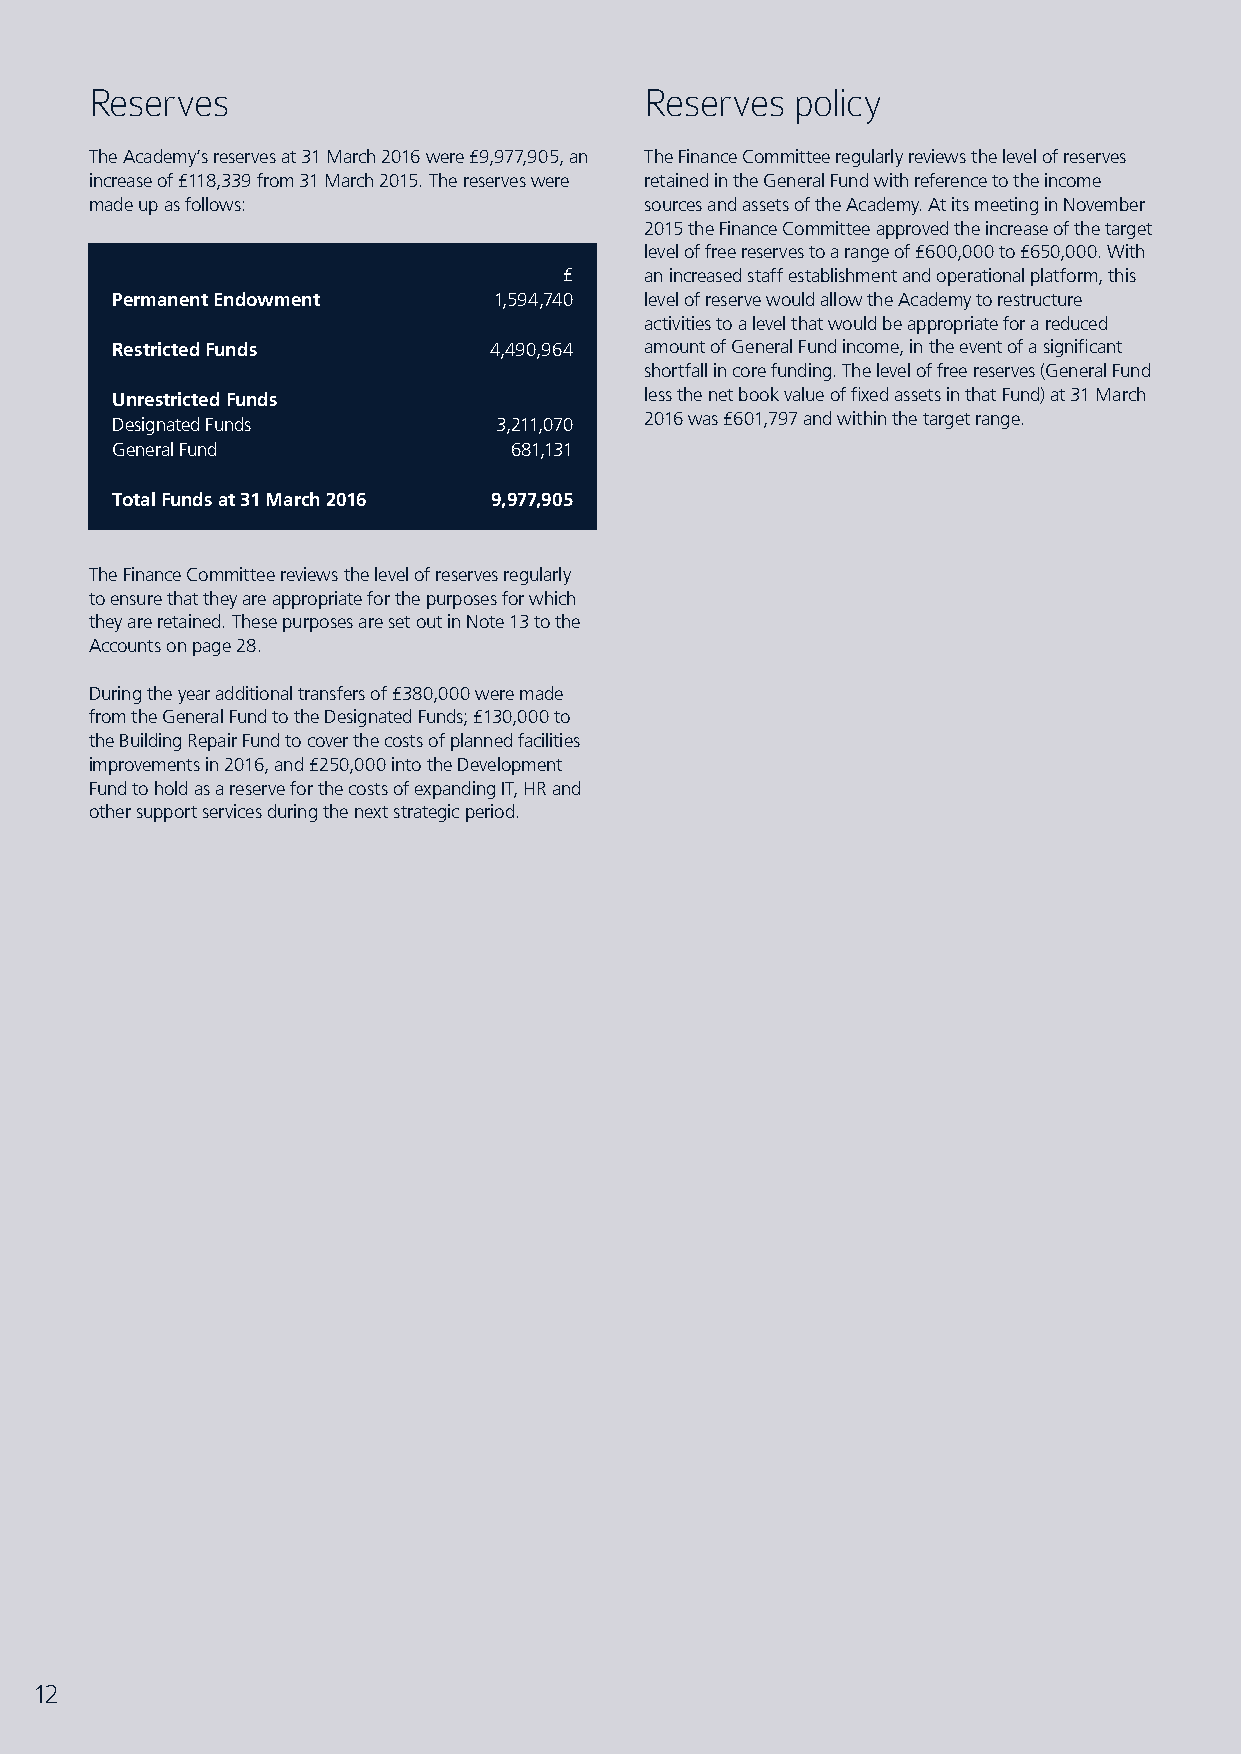
Reserves                             Reserves  policy
 The Academy’s reserves at 31 March 2016 were £9,977,905, an The Finance Committee regularly reviews the level of reserves
 increase of £118,339 from 31 March 2015. The reserves were retained in the General Fund with reference to the income
 made up as follows:                  sources and assets of the Academy. At its meeting in November
 2015 the Finance Committee approved the increase of the target
 level of free reserves to a range of £600,000 to £650,000. With
 £     an increased staff establishment and operational platform, this
 Permanent Endowment       1,594,740 level of reserve would allow the Academy to restructure
 activities to a level that would be appropriate for a reduced
 Restricted Funds         4,490,964  amount of General Fund income, in the event of a significant
 shortfall in core funding. The level of free reserves (General Fund
 Unrestricted Funds                  less the net book value of fixed assets in that Fund) at 31 March
 2016 was £601,797 and within the target range.
 Designated Funds          3,211,070
 General Fund               681,131
 Total Funds at 31 March 2016 9,977,905
 The Finance Committee reviews the level of reserves regularly
 to ensure that they are appropriate for the purposes for which
 they are retained. These purposes are set out in Note 13 to the
 Accounts on page 28.
 During the year additional transfers of £380,000 were made
 from the General Fund to the Designated Funds; £130,000 to
 the Building Repair Fund to cover the costs of planned facilities
 improvements in 2016, and £250,000 into the Development
 Fund to hold as a reserve for the costs of expanding IT, HR and
 other support services during the next strategic period.
 12